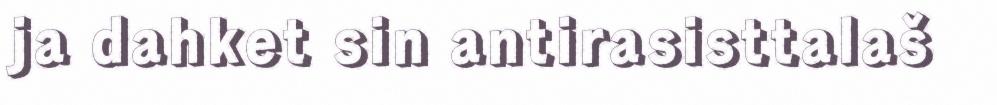
ja dahket sin antirasisttalaš